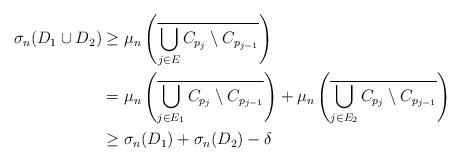
LaTeX: \begin{align*}\sigma_n(D_1\cup D_2)&\geq\mu_n\left(\overline{\bigcup_{j\in E}C_{p_j}\setminus C_{p_{j-1}}}\right) \\&=\mu_n\left(\overline{\bigcup_{j\in E_1}C_{p_j}\setminus C_{p_{j-1}}}\right)+\mu_n\left(\overline{\bigcup_{j\in E_2}C_{p_j}\setminus C_{p_{j-1}}}\right) \\&\geq\sigma_n(D_1)+\sigma_n(D_2)-\delta\end{align*}